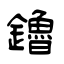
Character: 鑥